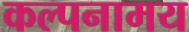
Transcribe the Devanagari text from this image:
कल्पनामय